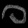
Digit: ၀